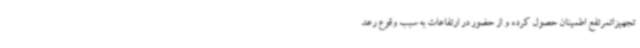
تجهیزاتمرتفع اطمینان حصول کرده و از حضور در ارتفاعات به سبب وقوع رعد